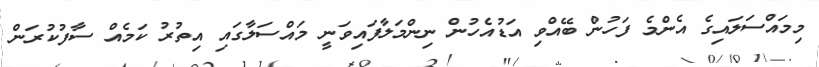
މިމައްސަލައިގެ އެންމެ ފަހުން ބޭއްވި އަޑުއެހުން ނިންމަލާފައިވަނީ މައްސަލާގައި އިތުރު ކަމެއް ސާފުކުރަން